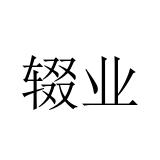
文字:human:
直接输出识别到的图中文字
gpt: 辍业